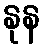
နုန